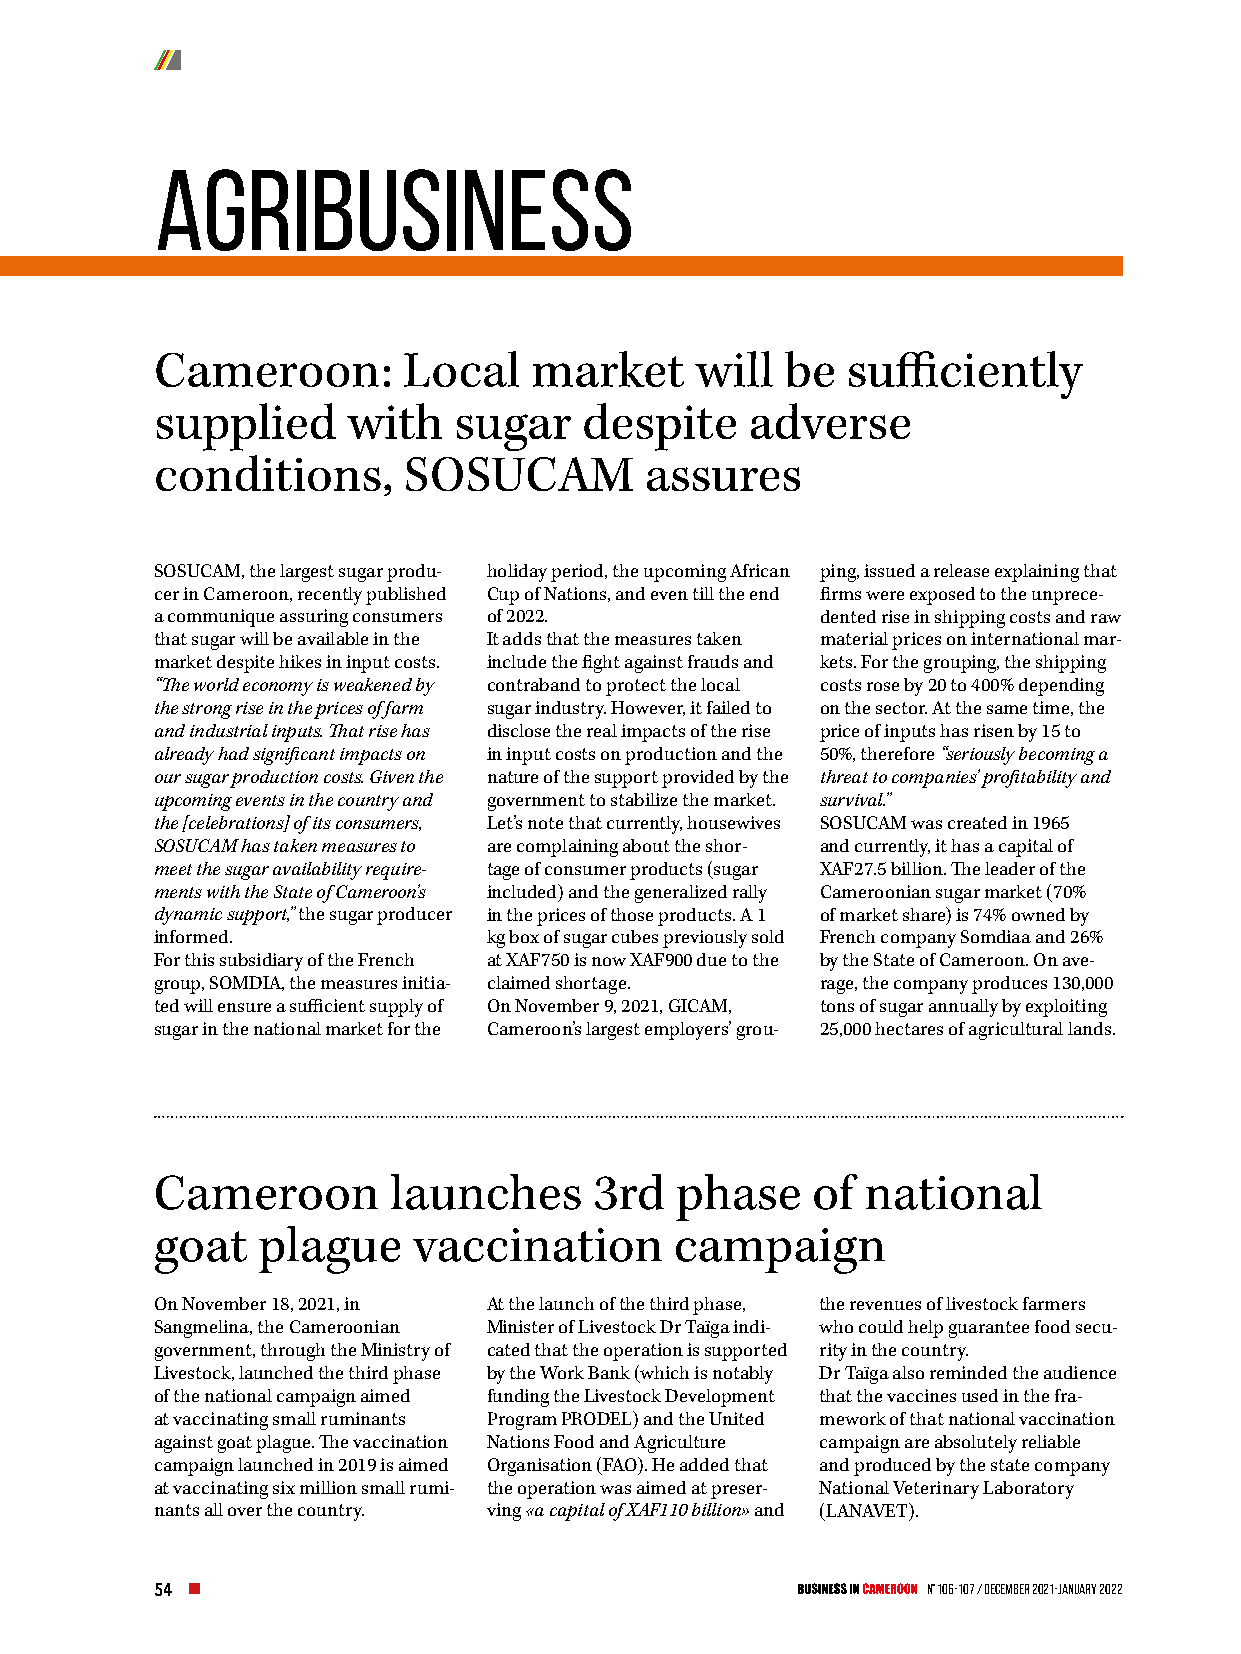
AGRIBUSINESS
 Cameroon:        Local   market     will  be  sufficiently
 supplied     with   sugar    despite    adverse
 conditions,      SOSUCAM         assures
 SOSUCAM, the largest sugar produ- holiday period, the upcoming African ping, issued a release explaining that
 cer in Cameroon, recently published Cup of Nations, and even till the end firms were exposed to the unprece-
 a communique assuring consumers of 2022.    dented rise in shipping costs and raw
 that sugar will be available in the It adds that the measures taken material prices on international mar-
 market despite hikes in input costs. include the fight against frauds and kets. For the grouping, the shipping
 “The world economy is weakened by contraband to protect the local costs rose by 20 to 400% depending
 the strong rise in the prices of farm sugar industry. However, it failed to on the sector. At the same time, the
 and industrial inputs. That rise has disclose the real impacts of the rise price of inputs has risen by 15 to
 already had significant impacts on in input costs on production and the 50%, therefore “seriously becoming a
 our sugar production costs. Given the nature of the support provided by the threat to companies’ profitability and
 upcoming events in the country and government to stabilize the market. survival.”
 the [celebrations] of its consumers, Let’s note that currently, housewives SOSUCAM was created in 1965
 SOSUCAM has taken measures to are complaining about the shor- and currently, it has a capital of
 meet the sugar availability require- tage of consumer products (sugar XAF27.5 billion. The leader of the
 ments with the State of Cameroon’s included) and the generalized rally Cameroonian sugar market (70%
 dynamic support,” the sugar producer in the prices of those products. A 1 of market share) is 74% owned by
 informed.             kg box of sugar cubes previously sold French company Somdiaa and 26%
 For this subsidiary of the French at XAF750 is now XAF900 due to the by the State of Cameroon. On ave-
 group, SOMDIA, the measures initia- claimed shortage. rage, the company produces 130,000
 ted will ensure a sufficient supply of On November 9, 2021, GICAM, tons of sugar annually by exploiting
 sugar in the national market for the Cameroon’s largest employers’ grou- 25,000 hectares of agricultural lands.
 Cameroon        launches     3rd   phase    of national
 goat   plague    vaccination       campaign
 On November 18, 2021, in At the launch of the third phase, the revenues of livestock farmers
 Sangmelina, the Cameroonian Minister of Livestock Dr Taïga indi- who could help guarantee food secu-
 government, through the Ministry of cated that the operation is supported rity in the country.
 Livestock, launched the third phase by the Work Bank (which is notably Dr Taïga also reminded the audience
 of the national campaign aimed funding the Livestock Development that the vaccines used in the fra-
 at vaccinating small ruminants Program PRODEL) and the United mework of that national vaccination
 against goat plague. The vaccination Nations Food and Agriculture campaign are absolutely reliable
 campaign launched in 2019 is aimed Organisation (FAO). He added that and produced by the state company
 at vaccinating six million small rumi- the operation was aimed at preser- National Veterinary Laboratory
 nants all over the country. ving «a capital of XAF110 billion» and (LANAVET).
 54                                                 N° 106-107 / December 2021-January 2022